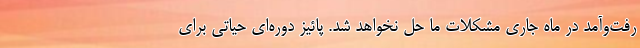
رفت‌وآمد در ماه جاری مشکلات ما حل نخواهد شد. پائیز دوره‌ای حیاتی برای